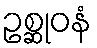
ဥစ္ဆုဝနံ